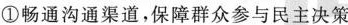
①畅通沟通渠道，保障群众参与民主决策